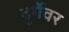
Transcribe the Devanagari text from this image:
दुर्गेवर